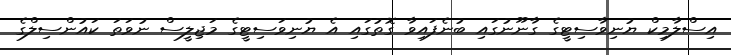
އިސްލާމިކް ޔުނިވާސިޓީގެ ގާނޫނުގައި ބުނެފައިވާ ގޮތުގައި އެ ޔުނިވަސިޓީގެ މަޖިލީސް ނުވަތަ ކައުންސިލްގެ